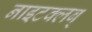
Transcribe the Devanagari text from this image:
नाइटक्लब्